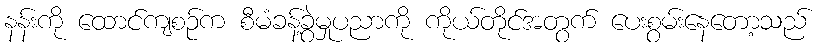
နန်းကို ထောင်ကျစဉ်က စီမံခန့်ခွဲမှုပညာကို ကိုယ်တိုင်အတွက် ပေးစွမ်းနေတော့သည်